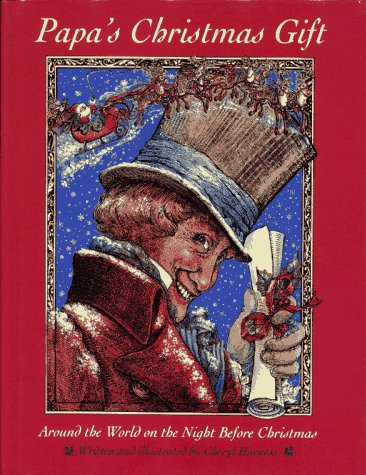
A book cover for Papa's Christmas Gift: Around the World on the Night Before Christmas; Cheryl Harness; Children's Books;